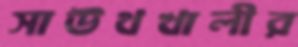
সাউথখালীর